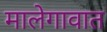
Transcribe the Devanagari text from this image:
मालेगावात